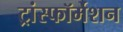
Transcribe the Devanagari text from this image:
ट्रांस्फॉर्मेशन